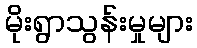
မိုးရွာသွန်းမှုများ